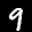
Label: 9